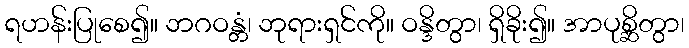
ရဟန်းပြုစေ၍။ ဘဂဝန္တံ၊ ဘုရားရှင်ကို။ ဝန္ဒိတွာ၊ ရှိခိုး၍။ အာပုစ္ဆိတွာ၊